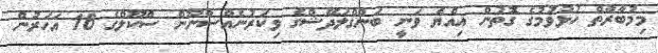
މިމުބާރާތް ހުޅުވުމުގެ ގޮތުން އިއްޔެ ވަނީ ބަންގްލަދޭޝްގެ ވިކަރުނެއްސާނޫން ސްކޫލްގެ 16 އަހަރުން